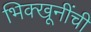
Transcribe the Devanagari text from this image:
भिक्खूनींची